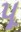
પૂ